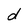
Character: d